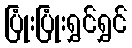
ပြုံးပြုံးရွှင်ရွှင်